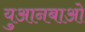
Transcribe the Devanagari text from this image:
युआनबाओ